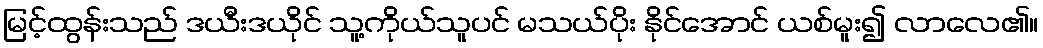
မြင့်ထွန်းသည် ဒယီးဒယိုင် သူ့ကိုယ်သူပင် မသယ်ပိုး နိုင်အောင် ယစ်မူး၍ လာလေ၏။